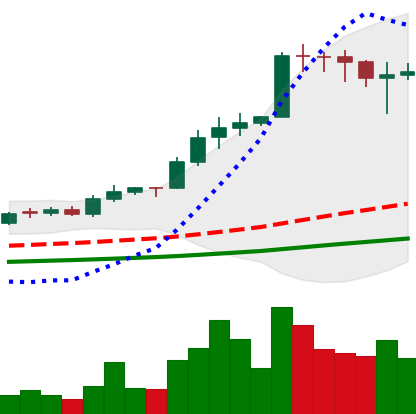
Ticker: ADA-USD
Chart end date: 2021-02-16
Forward return: 26.358%
Label: up_7plus